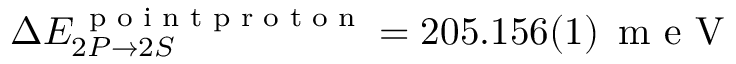
\Delta E _ { 2 P \rightarrow 2 S } ^ { \, \textrm { p o i n t p r o t o n } } = 2 0 5 . 1 5 6 ( 1 ) \, \textrm { m e V }